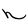
Character: h